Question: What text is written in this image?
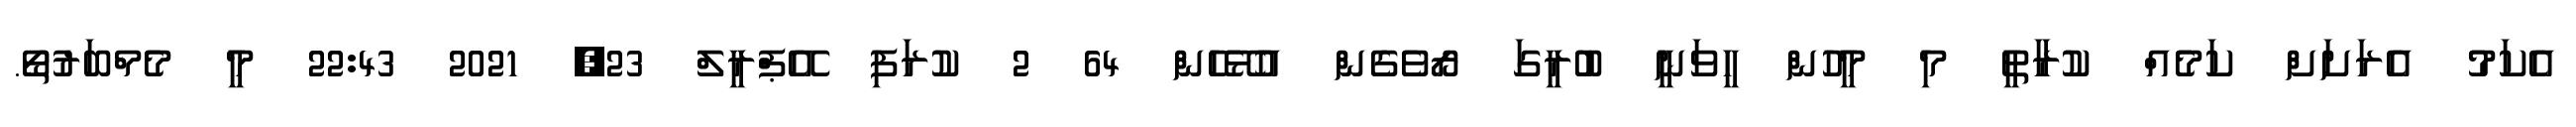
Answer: އެކަމު އެރަށަށް ކަމެއް ކުރާތީ މި މީހުން ހީވަނީ ބުރީގަ ރޯވެގެން އުޅޭހެން 64 2 ކުރަފި އޭޕްރީލް 23, 2021 22:43 މީ މެމްބަރުތޯ.